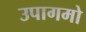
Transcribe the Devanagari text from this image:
उपागमो